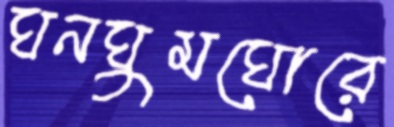
ঘনঘুমঘোরে